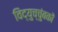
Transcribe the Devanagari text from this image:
विद्युच्चुंबकों